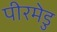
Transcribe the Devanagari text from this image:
पीरमेडु